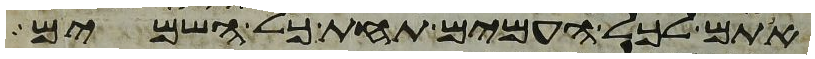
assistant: אתם לכל העמים תחת כל השמים